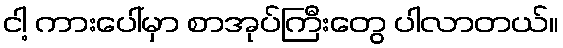
ငါ့ ကားပေါ်မှာ စာအုပ်ကြီးတွေ ပါလာတယ်။